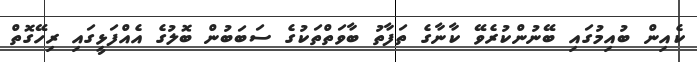
ކެއިން ބުއިމުގައި ބޭނުންކުރެވޭ ކާނާގެ ތަފާތު ބާވަތްތަކުގެ ސަބަބުން ބޮލުގެ އެއްފަޅީގައި ރިހޭގޮތް